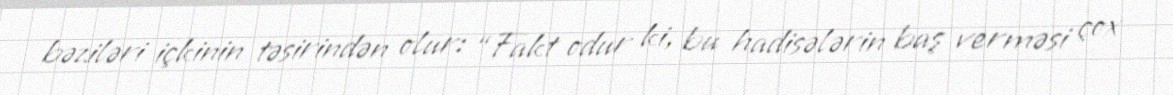
bəziləri içkinin təsirindən olur: “Fakt odur ki, bu hadisələrin baş verməsi çox